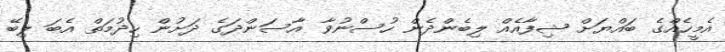
އެމީހެއްގެ ބައްޔަށް ޝިފާއެއް ލިބެންދެން ހުސްނުވާ އާސަންދަގެ ދަށުން ހިދުމަތް އެބަ ލިބޭ